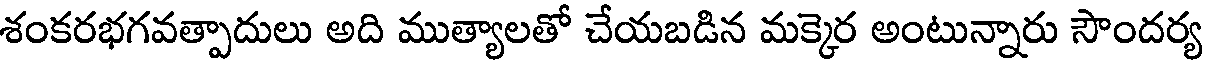
శంకరభగవత్పాదులు అది ముత్యాలతో చేయబడిన మక్కెర అంటున్నారు సౌందర్య